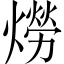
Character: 𤏪